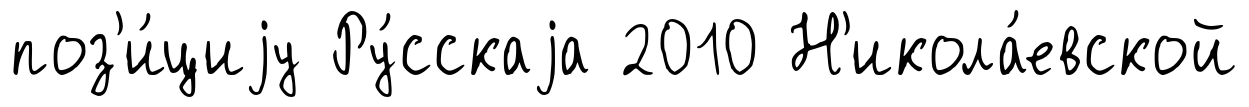
поз'и́циjу Ру́сскаjа 2010 Н'икола́евской